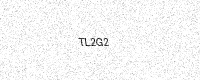
Text: TL2G2